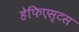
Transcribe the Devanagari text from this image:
हेफिएस्टस